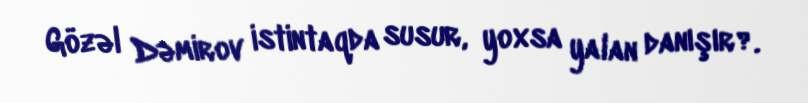
Gözəl Dəmirov istintaqda susur, yoxsa yalan danışır?.